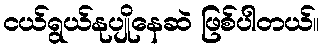
ငယ်ရွယ်နုပျိုနေဆဲ ဖြစ်ပါတယ်။